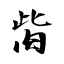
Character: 胔